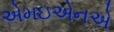
એમઇએનએ